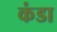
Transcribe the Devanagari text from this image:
कंडा